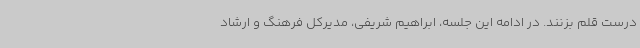
درست قلم بزنند. در ادامه این جلسه، ابراهیم شریفی، مدیرکل فرهنگ و ارشاد